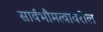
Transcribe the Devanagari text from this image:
सार्वभौमत्वावरील